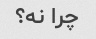
چرا نه؟